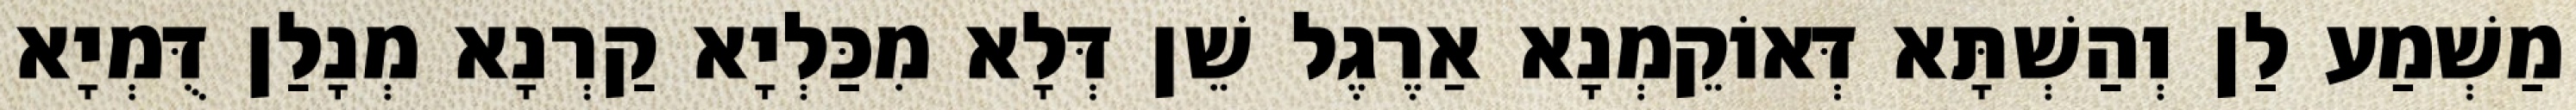
מַשְׁמַע לַן וְהַשְׁתָּא דְּאוֹקֵמְנָא אַרֶגֶל שֵׁן דְּלָא מִכַּלְיָא קַרְנָא מְנָלַן דֻּמְיָא